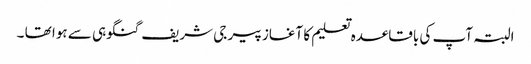
البتہ آپ کی باقاعدہ تعلیم کا آغاز پیر جی شریف گنگوہی سے ہوا تھا ۔